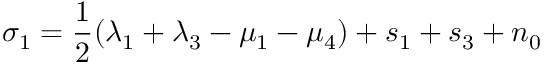
\sigma _ { 1 } = \frac { 1 } { 2 } ( \lambda _ { 1 } + \lambda _ { 3 } - \mu _ { 1 } - \mu _ { 4 } ) + s _ { 1 } + s _ { 3 } + n _ { 0 }